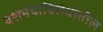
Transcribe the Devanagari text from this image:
वंशभेदाविरोधातील